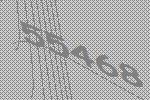
55468